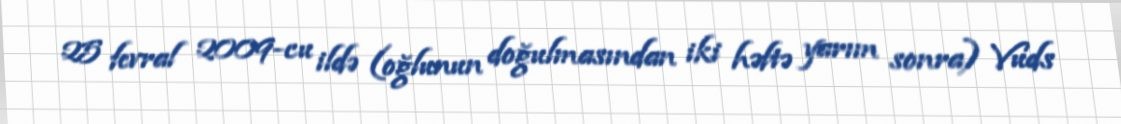
25 fevral 2009-cu ildə (oğlunun doğulmasından iki həftə yarım sonra) Vuds